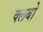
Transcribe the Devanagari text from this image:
क्लबो